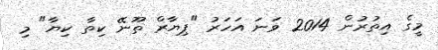
މީގެ އިތުރުން 2014 ވަނަ އަހަރު "ޕިޔާރް ތޫނޭ ކިތާ ކިޔާ" މި